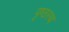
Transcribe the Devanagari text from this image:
पृष्ठस्थ